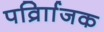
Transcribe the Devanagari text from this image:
पर्व्राािजक